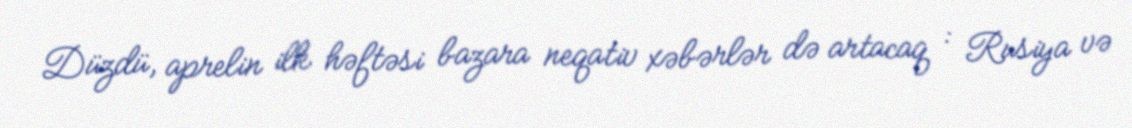
Düzdü, aprelin ilk həftəsi bazara neqativ xəbərlər də artacaq : Rusiya və